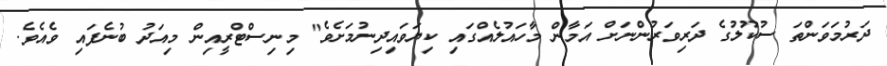
ދަރުމަވަންތަ ސުކޫލުގެ ދަރިވަރުންނަށް އަމާން މާހައުލެއްގައި ކިޔަވައިދިނުމަށެވެ" މިނިސްޓްރީއިން މިއަދު ބުނެފައި ވެއެވެ.